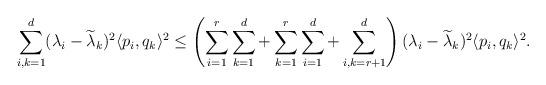
LaTeX: \begin{align*}\sum_{i,k=1}^d (\lambda_i - \widetilde \lambda_k)^2 \langle p_i, q_k\rangle^2 \leq \left(\sum_{i=1}^{r}\sum_{k=1}^d+ \sum_{k=1}^{r}\sum_{i=1}^d+ \sum_{i,k=r+1}^{d} \right)(\lambda_i - \widetilde \lambda_k)^2 \langle p_i, q_k\rangle^2.\end{align*}